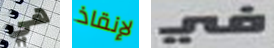
هي لإنقاذ في